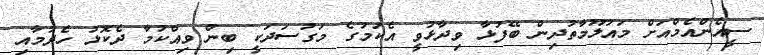
ސީއެންއެމްއަށް މައުލޫމާތުދިން ބޭފުޅާ ވިދާޅުވީ އެކަމުގެ މަގުސަދަކީ ބިން ވިއްކުމާ ދެކޮޅު ހެދުމާއި